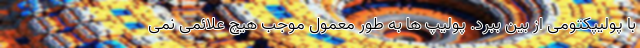
با پولیپکتومی از بین ببرد. پولیپ ها به طور معمول موجب هیچ علائمی نمی